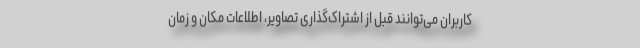
کاربران می‌توانند قبل از اشتراک‌گذاری تصاویر، اطلاعات مکان و زمان